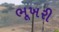
ભૂખરી